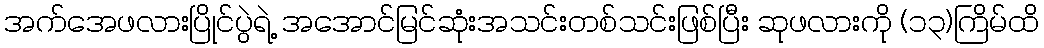
အက်အေဖလားပြိုင်ပွဲရဲ့ အအောင်မြင်ဆုံးအသင်းတစ်သင်းဖြစ်ပြီး ဆုဖလားကို (၁၃)ကြိမ်ထိ